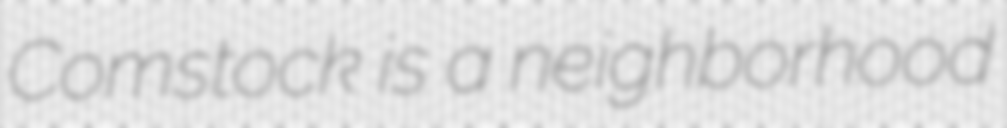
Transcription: Comstock is a neighborhood